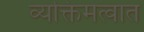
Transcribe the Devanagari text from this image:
व्यक्तिमत्वात